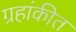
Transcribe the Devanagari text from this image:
ग्रहांकीत